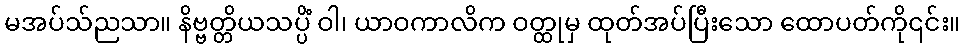
မအပ်သ်ညသာ။ နိဗ္ဗတ္တိယသပ္ပိံ ဝါ၊ ယာဝကာလိက ဝတ္ထုမှ ထုတ်အပ်ပြီးသော ထောပတ်ကို၎င်း။